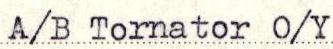
A/B Tornator O/Y